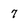
Character: 7